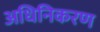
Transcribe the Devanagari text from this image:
अधिनिकरण